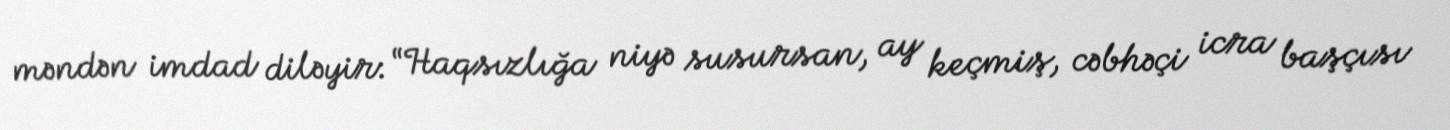
məndən imdad diləyir: “Haqsızlığa niyə susursan, ay keçmiş, cəbhəçi icra başçısı